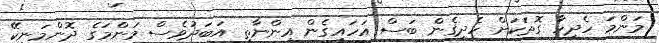
މަންމަ ހެދިހާ ގޮތަކަށް ހެދިގެން ބަސް އަހައިގެން އިންނާތި އަބަދުވެސް މަންމަގެ ދޮންމަނިކޭ